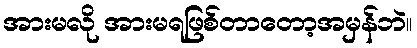
အားမလို အားမရဖြစ်တာတော့အမှန်ဘဲ။